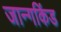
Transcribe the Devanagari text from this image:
जान्गकिंड